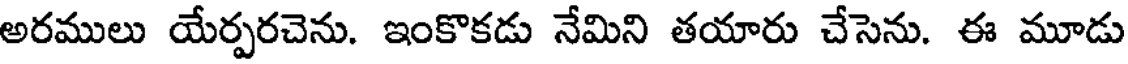
అరములు యేర్పరచెను. ఇంకొకడు నేమిని తయారు చేసెను. ఈ మూడు